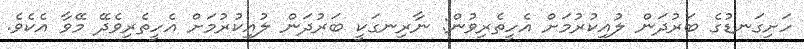
ހަށިގަނޑުގެ ބަރުދަން ލުއިކުރުމަށް އެހީތެރިވުން: ނާރިނގަކީ ބަރުދަން ލުއިކުރުމަށް އެހީތެރިވެދޭ މޭވާ އެކެވެ.